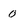
Character: 0